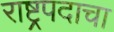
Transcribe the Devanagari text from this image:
राष्ट्रपदाचा